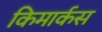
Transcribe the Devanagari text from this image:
किमार्कस